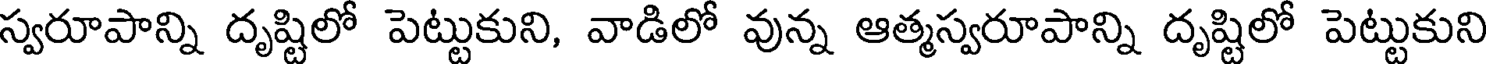
స్వరూపాన్ని దృష్టిలో పెట్టుకుని, వాడిలో వున్న ఆత్మస్వరూపాన్ని దృష్టిలో పెట్టుకుని